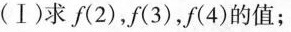
(Ⅰ)求f(2)，f(3)，f(4)的值；